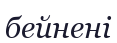
бейнені